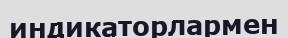
индикаторлармен